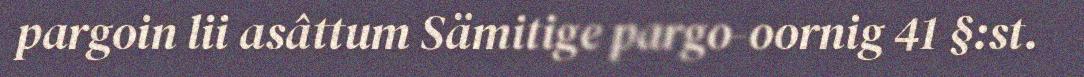
pargoin lii asâttum Sämitige pargo-oornig 41 §:st.